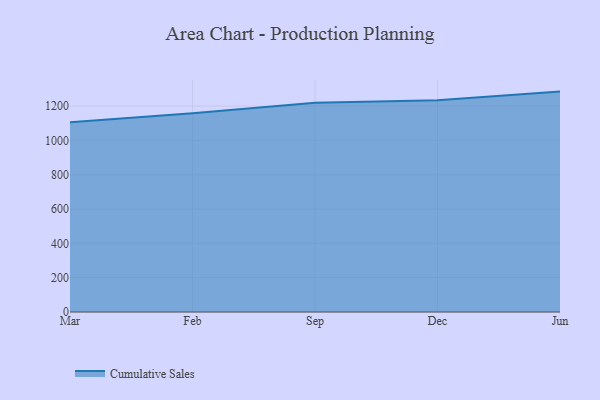
{"axis": {"x": "Month", "y": "Temperature (°C)"}, "legend": ["Cumulative Sales"], "data": [{"x": "Mar", "y": 1106.1, "type": "Cumulative Sales"}, {"x": "Feb", "y": 1157.8, "type": "Cumulative Sales"}, {"x": "Sep", "y": 1219.6, "type": "Cumulative Sales"}, {"x": "Dec", "y": 1233.6, "type": "Cumulative Sales"}, {"x": "Jun", "y": 1284.3, "type": "Cumulative Sales"}]}